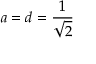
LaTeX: a = d = { \frac { 1 } { \sqrt { 2 } } }